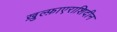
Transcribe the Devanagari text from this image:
ख़ुल्फ़ाएराशिदीन